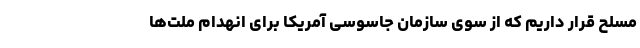
مسلح قرار داریم که از سوی سازمان جاسوسی آمریکا برای انهدام ملت‌ها